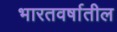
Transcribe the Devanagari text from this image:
भारतवर्षातील